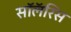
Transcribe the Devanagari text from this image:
सॉलॅरिस